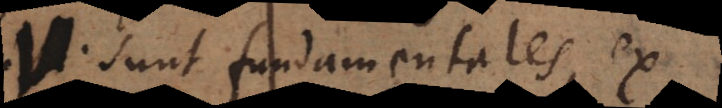
V. sunt fundamentales, ex